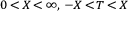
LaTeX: \scriptstyle 0 \, < \, X \, < \, \infty , \; - X \, < \, T \, < \, X